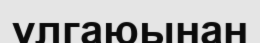
үлгаюынан